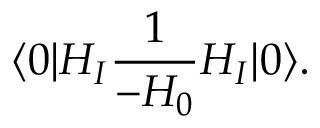
\langle 0 | H _ { I } { \frac { 1 } { - H _ { 0 } } } H _ { I } | 0 \rangle .